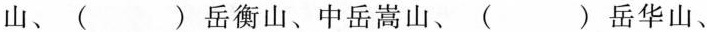
山、()岳衡山、中岳嵩山、()岳华山、